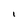
Character: l